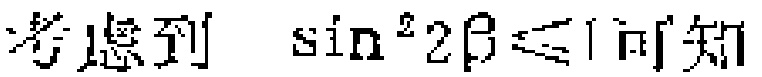
考虑到 \(\sin^{2}2\beta\leqslant1\)可知